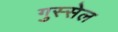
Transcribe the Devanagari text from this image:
गुस्सेल